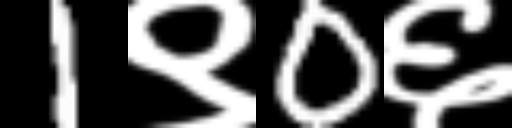
Text: 1९0६